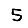
Digit: 5